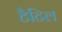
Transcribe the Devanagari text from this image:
टैटिल